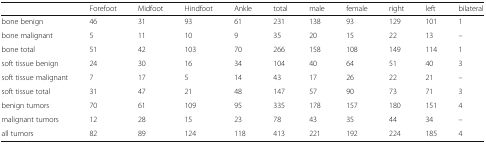
<table><thead><tr><td></td><td><b>Forefoot</b></td><td><b>Midfoot</b></td><td><b>Hindfoot</b></td><td><b>Ankle</b></td><td><b>total</b></td><td><b>male</b></td><td><b>female</b></td><td><b>right</b></td><td><b>left</b></td><td><b>bilateral</b></td></tr></thead><tbody><tr><td>bone benign</td><td>46</td><td>31</td><td>93</td><td>61</td><td>231</td><td>138</td><td>93</td><td>129</td><td>101</td><td>1</td></tr><tr><td>bone malignant</td><td>5</td><td>11</td><td>10</td><td>9</td><td>35</td><td>20</td><td>15</td><td>22</td><td>13</td><td>–</td></tr><tr><td>bone total</td><td>51</td><td>42</td><td>103</td><td>70</td><td>266</td><td>158</td><td>108</td><td>149</td><td>114</td><td>1</td></tr><tr><td>soft tissue benign</td><td>24</td><td>30</td><td>16</td><td>34</td><td>104</td><td>40</td><td>64</td><td>51</td><td>40</td><td>3</td></tr><tr><td>soft tissue malignant</td><td>7</td><td>17</td><td>5</td><td>14</td><td>43</td><td>17</td><td>26</td><td>22</td><td>21</td><td>–</td></tr><tr><td>soft tissue total</td><td>31</td><td>47</td><td>21</td><td>48</td><td>147</td><td>57</td><td>90</td><td>73</td><td>71</td><td>3</td></tr><tr><td>benign tumors</td><td>70</td><td>61</td><td>109</td><td>95</td><td>335</td><td>178</td><td>157</td><td>180</td><td>151</td><td>4</td></tr><tr><td>malignant tumors</td><td>12</td><td>28</td><td>15</td><td>23</td><td>78</td><td>43</td><td>35</td><td>44</td><td>34</td><td>–</td></tr><tr><td>all tumors</td><td>82</td><td>89</td><td>124</td><td>118</td><td>413</td><td>221</td><td>192</td><td>224</td><td>185</td><td>4</td></tr></tbody></table>